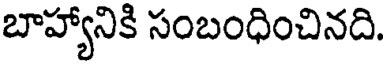
బాహ్యానికి సంబంధించినది.